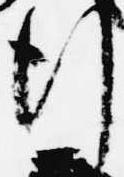
行